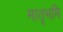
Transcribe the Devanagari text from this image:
मातृभमि